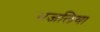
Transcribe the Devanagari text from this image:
भजलिया